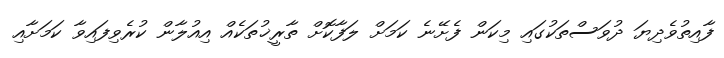
ފާއިތުވެދިޔަ ދުވަސްތަކުގައި މިކަން ފެށޭނެ ކަމަށް ލަފާކޮށް ތާރީޚުތަކެއް އިއުލާން ކުރެވިފައިވާ ކަމަށާއި